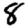
Digit: 8